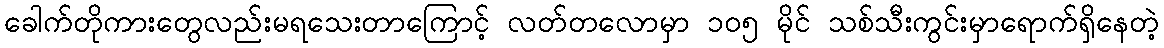
ခေါက်တိုကားတွေလည်းမရသေးတာကြောင့် လတ်တလောမှာ ၁၀၅ မိုင် သစ်သီးကွင်းမှာရောက်ရှိနေတဲ့